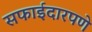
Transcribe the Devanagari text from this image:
सफाईदारपणे